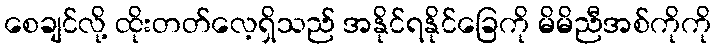
စေချင်လို့ ထိုးတတ်လေ့ရှိသည် အနိုင်ရနိုင်ခြေကို မိမိညီအစ်ကိုကို